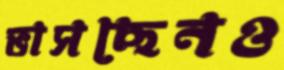
ভাসছেনও